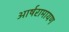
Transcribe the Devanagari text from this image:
आर्षरामायण